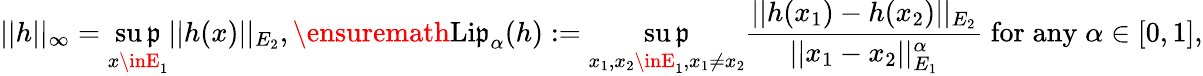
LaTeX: ||h||_{\infty}=\underset{x\inE_{1}}{\operatorname*{su\mathfrak{p}}}||h(x)||_{E_{2}},\ensuremath{{\mathrm{{Li\mathfrak{p}}}}}_{\alpha}(h):=\underset{x_{1},x_{2}\inE_{1},x_{1}\not{=}x_{2}}{\operatorname*{su\mathfrak{p}}}\frac{{||h(x_{1})-h(x_{2})||_{E_{2}}}}{{||x_{1}-x_{2}||_{E_{1}}^{\alpha}}}\; \mathrm{{for}}\; \mathrm{{any}}\; \alpha\in[0,1],